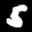
Label: 5